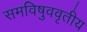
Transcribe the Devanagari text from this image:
समविषुववृतीय